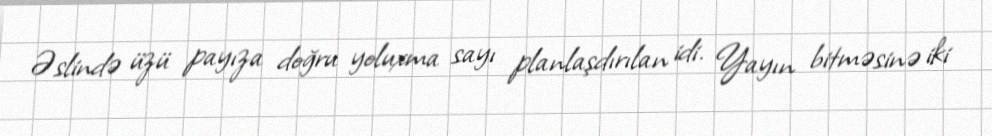
Əslində üzü payıza doğru yoluxma sayı planlaşdırılan idi. Yayın bitməsinə iki